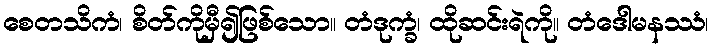
စေတသိကံ၊ စိတ်ကိုမှီ၍ဖြစ်သော။ တံဒုက္ခံ၊ ထိုဆင်းရဲကို။ တံဒေါမနဿံ၊